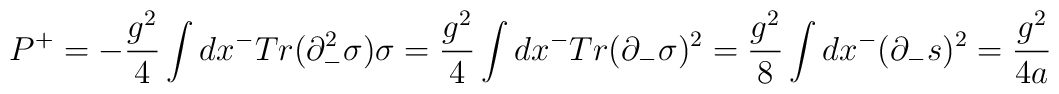
P^{+}=-{g^{2}\over 4}\int dx^{-}Tr(\partial_{-}^{2}\sigma)\sigma={g^{2}\over 4}\int dx^{-}Tr(\partial_{-}\sigma )^{2}={g^{2}\over 8}\int dx^{-}(\partial_{-}s)^{2}={g^{2}\over 4a}